Report on the working of the mental hospitals for Indians in Bihar and Orissa - 1925-1929
Year: 1925
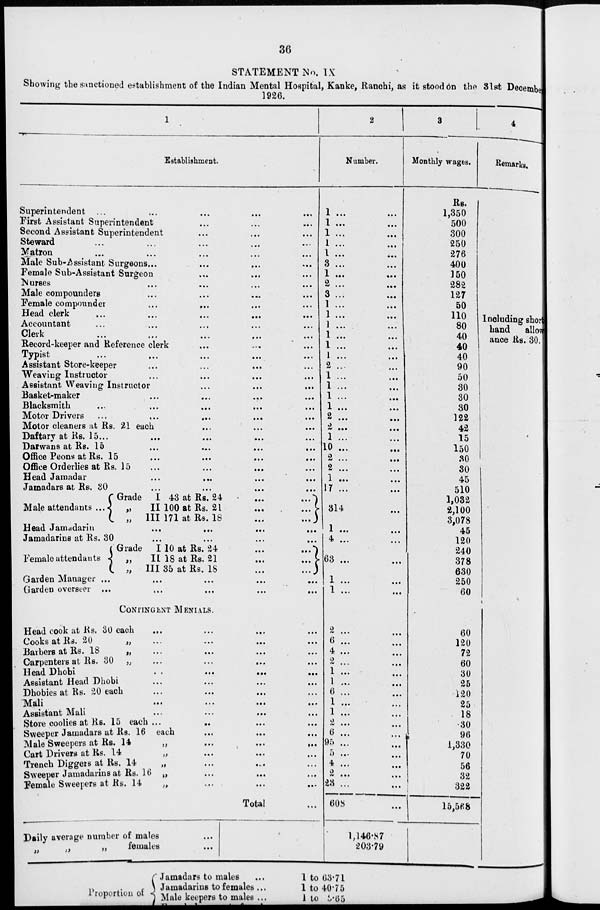
36
STATEMENT No. IX
Showing the sanctioned establishment of the Indian Mental Hospital, Kanke, Ranchi, as it stood on the 31st December
1926.
1
Establishment.
Superintendent ... ... ... ... ...
First Assistant Superintendent ... ... ...
Second Assistant Superintendent ... ... ...
Steward ... ... ... ... ...
Matron ... ... ... ... ...
Male Sub-Assistant Surgeons ...
...
... ...
Female Sub-Assistant Surgeon ... ... ...
Nurses ... ... ... ...
Male compounders ... ... ... ...
Female compounder ... ... ... ...
Head clerk ... ... ... ...
Accountant
...
...
...
...
...
Clerk ... ... ... ... ...
Record-keeper and Reference clerk
...
...
...
Typist
...
...
...
...
...
Assistant Store-keeper
...
...
...
...
Weaving Instructor ... ... ... ...
Assistant Weaving Instructor
...
...
...
Basket-maker
...
...
...
Blacksmith ... ... ... ... ...
Motor Drivers ... ... ... ... ...
Motor cleaners at Rs. 21 each ... ... ...
Daftary at Rs. 15 ...
...
...
...
Darwans at Rs. 15 ... ... ... ...
Office Peons at Rs. 15 ... ... ... ...
Office Orderlies at Rs. 15 ... ... ... ...
Head Jamadar ... ... ... ...
Jamadars at Rs. 30 ... ... ... ...
Male attendants ...
Grade I 43 at Rs. 24
...
...
„
II 100 at Rs. 21
...
...
„ III 171 at Rs. 18
...
...
Head Jamadarin ... ... ... ...
Jamadarins at Rs. 30
...
...
...
...
Female attendants
Grade I 10 at Rs. 24
...
...
„
II 18 at Rs. 21
...
...
„ III 35 at Rs. 18
...
...
Garden Manager ... ... ... ... ...
Garden overseer ... ... ... ... ...
CONTINGENT MENIALS.
Head cook at Rs. 30 each
...
...
...
Cooks at Rs. 20
„
...
...
...
...
Barbers at Rs. 18
„ ... ... ... ...
Carpenters at Rs. 30 „
...
...
...
Head Dhobi
...
...
...
...
Assistant Head Dhobi ... ... ... ...
Dhobies at Rs. 20 each ... ... ... ...
Mali ... ... ... ...
Assistant Mali
...
...
... ...
Store coolies at Rs. 15 each ... ... ... ...
Sweeper Jamadars at Rs. 16 each
...
...
...
Male Sweepers at Rs. 14
„
...
...
...
Cart Drivers at Rs. 14
„ ... ... ...
Trench Diggers at Rs. 14
„ ... ... ...
Sweeper Jamadarins at Rs. 16 „ ... ... ...
Female Sweepers at Rs. 14
„ ... ... ...
Total ...
Daily average number of males ...
„ „ „ females ...
Proportion of
Jamadars to males
...
Jamadarins to females ...
Male keepers to males ...
2
Number.
1
...
...
1 ...
...
1 ... ...
1
...
...
1
...
...
3
...
...
1
...
...
2 ... ...
3 ... ...
1 ... ...
1
...
...
1 ... ...
1 ... ...
1
...
...
1
...
...
1
...
...
1 ... ...
1
...
...
1 ... ...
1
...
...
2
...
...
2
...
...
1 ... ...
10 ... ...
2
...
...
2
...
...
1
...
...
17 ... ...
314 ...
1 ... ...
4 ... ...
63 ...
...
1
...
...
1
...
...
2
...
...
6 ... ...
4 ... ...
2
...
...
1
...
...
1
...
...
6 ... ...
1 ... ...
1
...
...
2
...
...
6 ... ...
95 ... ...
5 ... ...
4
...
...
2 ... ...
23 ...
...
608
...
1,146.87
203.79
1 to 63.71
1 to 40.75
1 to 9.65
3
Monthly wages.
Rs.
1,350
500
300
250
276
400
150
282
127
50
110
80
40
40
40
90
50
30
30
30
122
42
15
150
30
30
45
510
1,032
2,100
3,078
45
120
240
378
630
250
60
60
120
72
60
30
25
120
25
18
30
96
1,330
70
56
32
322
15,568
4
Remarks.
Including short
hand allow-
ance Rs. 30